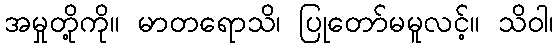
အမှုတို့ကို။ မာတရောသိ၊ ပြုတော်မမူလင့်။ သိဝါ၊